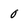
Character: 0